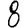
Digit: 8